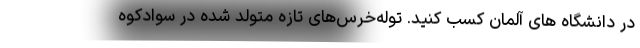
در دانشگاه های آلمان کسب کنید. توله‌خرس‌های تازه متولد شده در سوادکوه